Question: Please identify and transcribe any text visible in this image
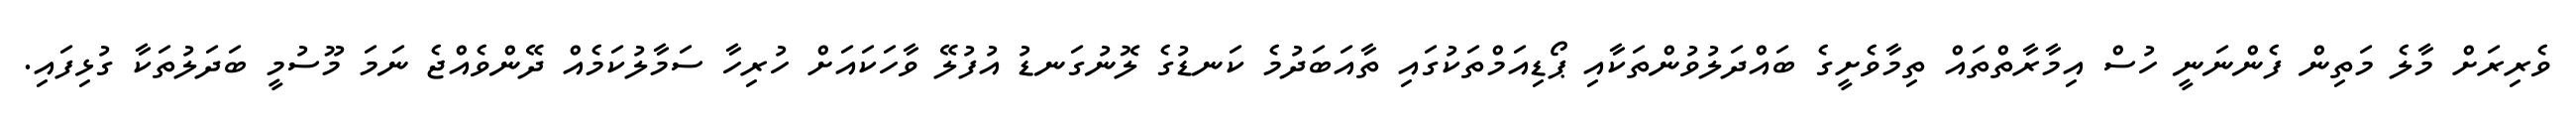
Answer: ވެރިރަށް މާލެ މަތިން ފެންނަނީ ހުސް އިމާރާތްތައް ތިމާވެށީގެ ބައްދަލުވުންތަކާއި ޕޯޑިއަމްތަކުގައި ތާއަބަދުމެ ކަނޑުގެ ލޮނުގަނޑު އުފުލޭ ވާހަކައަށް ހުރިހާ ސަމާލުކަމެއް ދޭންވެއްޖެ ނަމަ މޫސުމީ ބަދަލުތަކާ ގުޅިފައި.